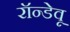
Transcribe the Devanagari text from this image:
रॉन्डेवू